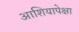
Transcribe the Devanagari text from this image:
आशियापेक्षा